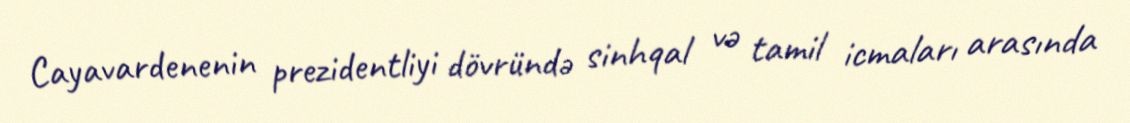
Cayavardenenin prezidentliyi dövründə sinhqal və tamil icmaları arasında